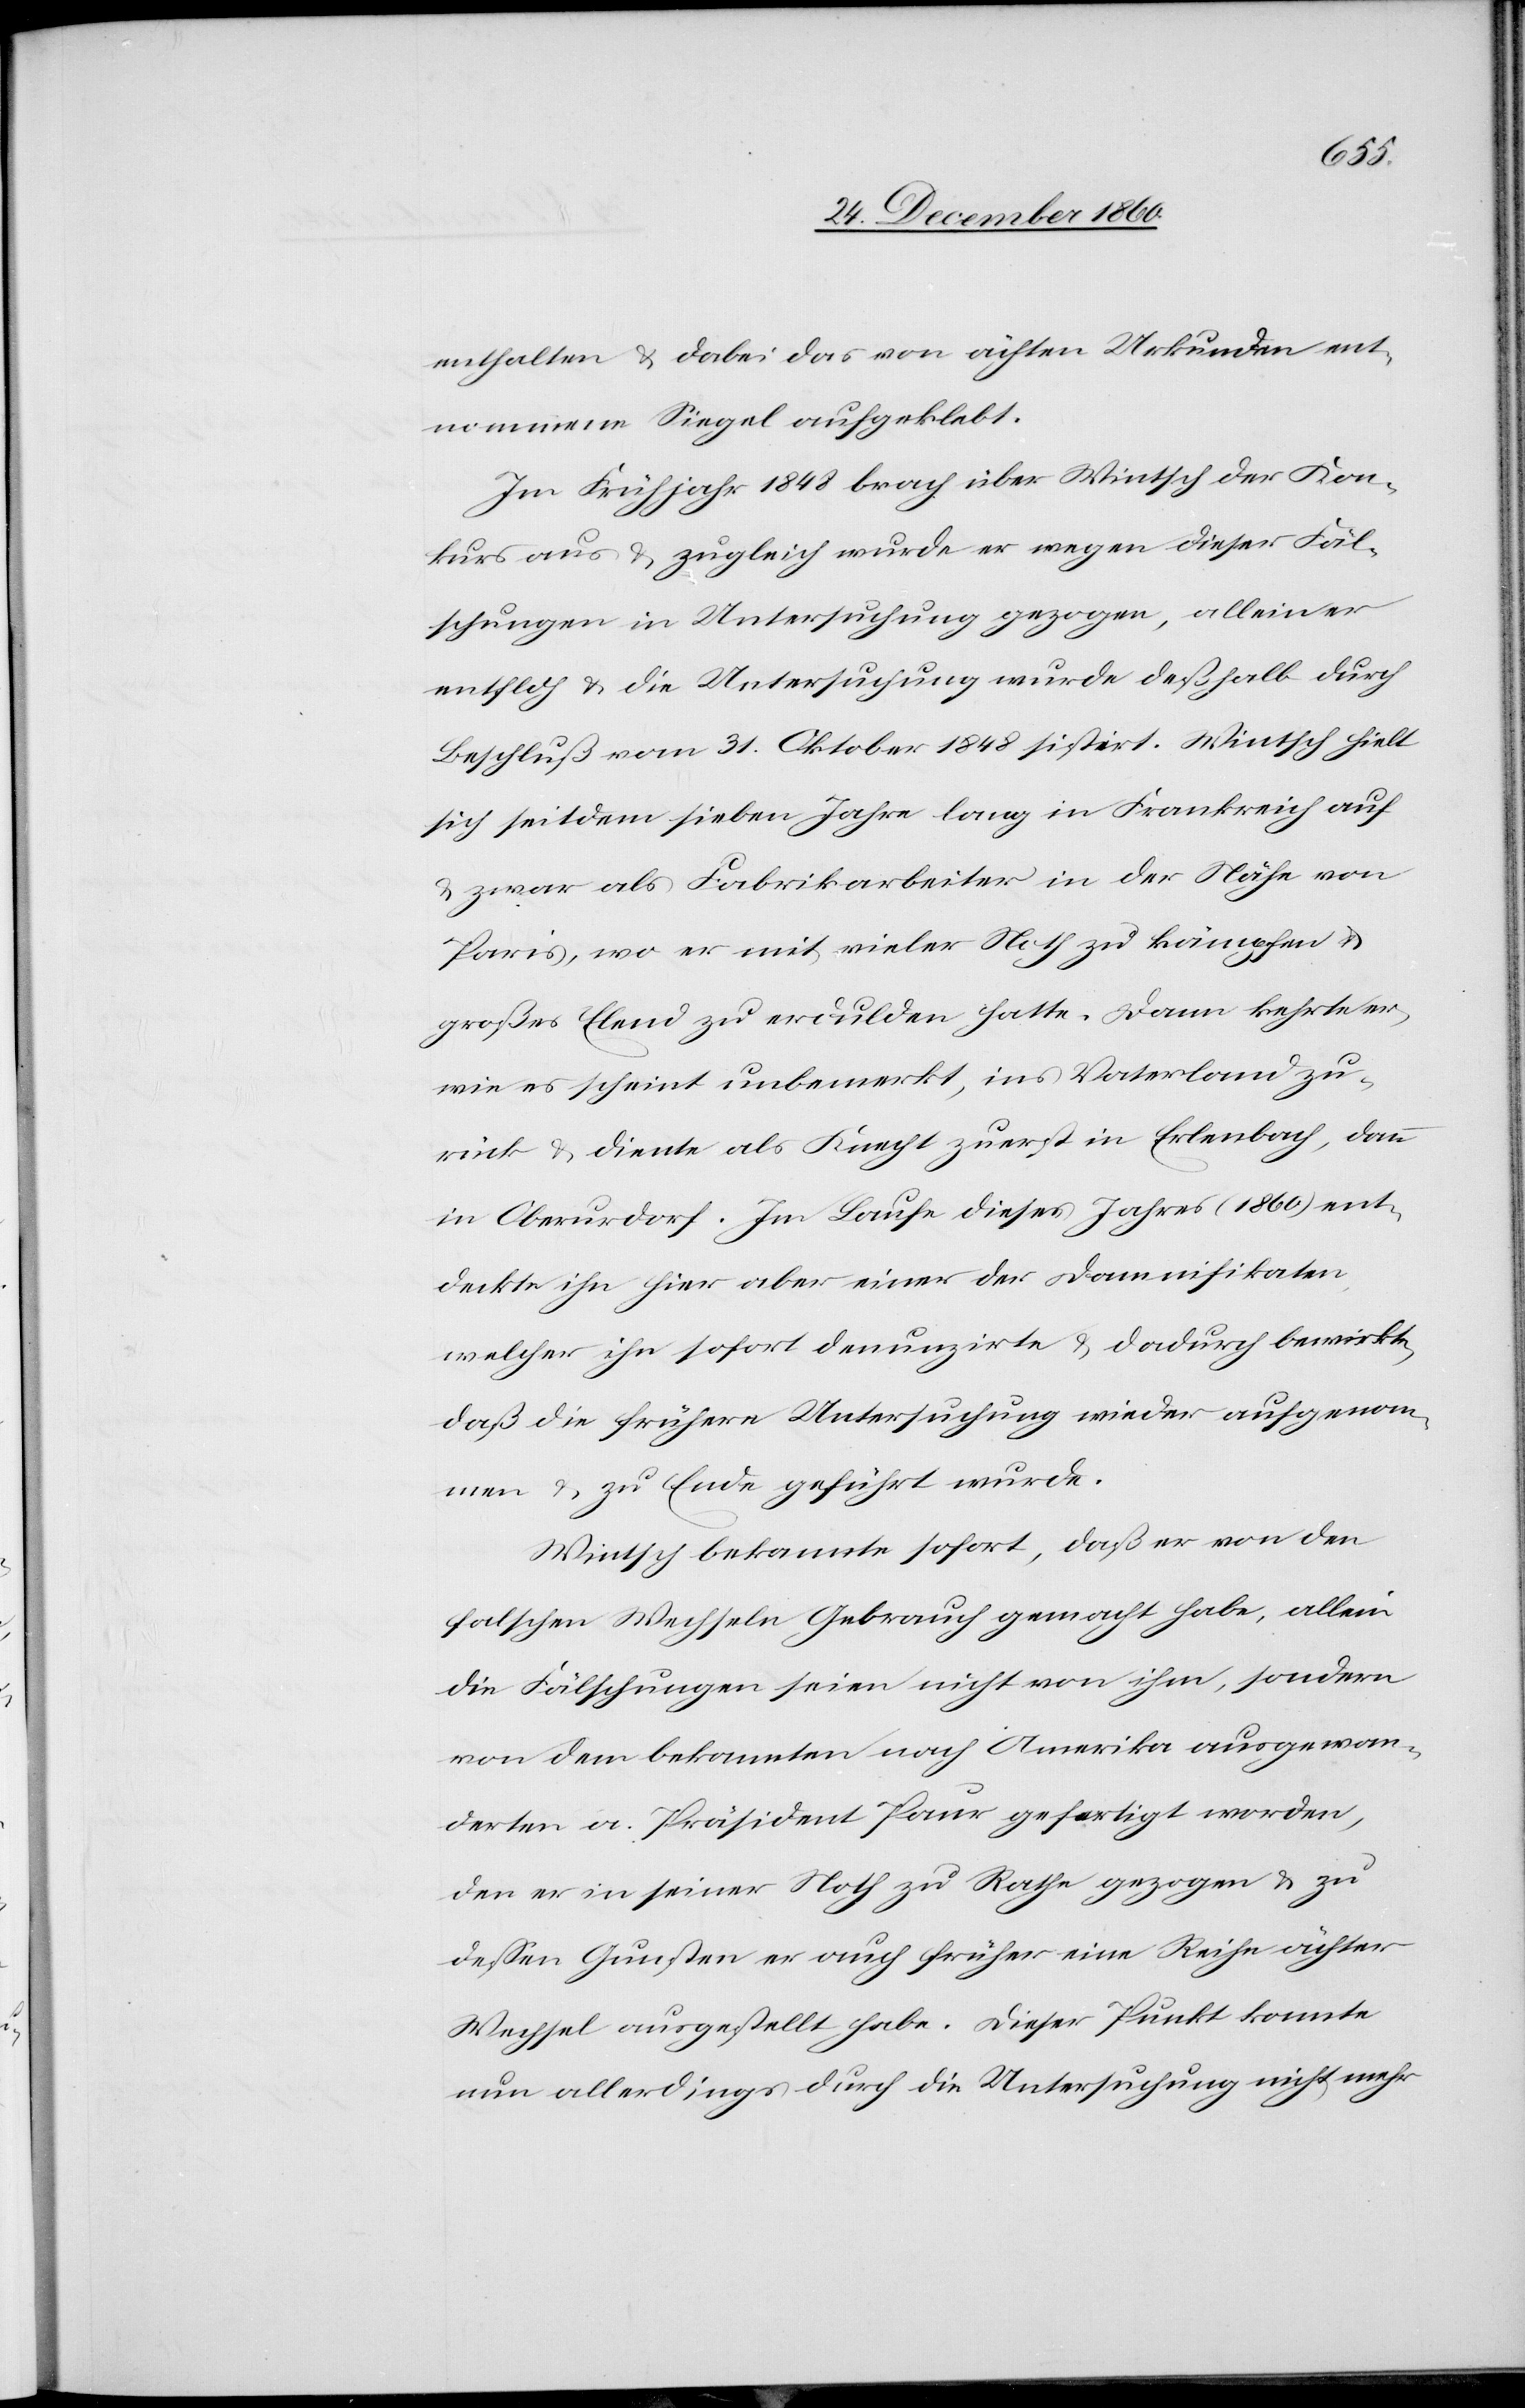
enthalten u. dabei das von ächten Urkunden ent¬
nommene Siegel aufgeklebt.
Im Frühjahr 1848 brach über Wintsch der Kon¬
kurs aus u. zugleich wurde er wegen dieser Fäl¬
schungen in Untersuchung gezogen, allein er
entfloh u. die Untersuchung wurde deßhalb durch
Beschluß vom 31. Oktober 1848 sistirt. Wintsch hielt
sich seitdem sieben Jahre lang in Frankreich auf
u. zwar als Fabrikarbeiter in der Nähe von
Paris, wo er mit vieler Noth zu kämpfen u.
großes Elend zu erdulden hatte. Dann kehrte er,
wie es scheint unbemerkt, ins Vaterland zu¬
rück u. diente als Knecht zuerst in Erlenbach, dann
in Oberurdorf. Im Laufe dieses Jahres (1860) ent¬
deckte ihn hier aber einer der Damnifikaten,
welcher ihn sofort denunzirte u. dadurch bewirkte,
daß die frühere Untersuchung wieder aufgenom¬
men u. zu Ende geführt wurde.
Wintsch bekannte sofort, daß er von den
falschen Wechseln Gebrauch gemacht habe, allein
die Fälschungen seien nicht von ihm, sonder
von dem bekannten nach Amerika ausgewan¬
derten a. Präsident Paur gefertigt worden,
den er in seiner Noth zu Rathe gezogen u. zu
dessen Gunsten er auch früher eine Reihe ächter
Wechsel ausgestellt habe. Dieser Punkt konnte
nun allerdings durch die Untersuchung nicht mehr